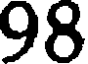
98